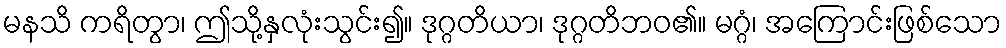
မနသိ ကရိတွာ၊ ဤသို့နှလုံးသွင်း၍။ ဒုဂ္ဂတိယာ၊ ဒုဂ္ဂတိဘဝ၏။ မဂ္ဂံ၊ အကြောင်းဖြစ်သော